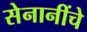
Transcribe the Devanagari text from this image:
सेनानींचे